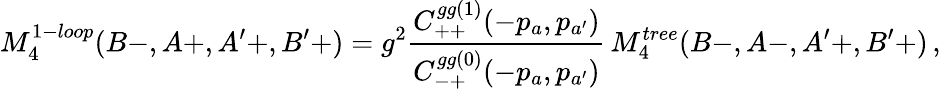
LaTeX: M_{4}^{1-loop}(B-,A+,A^{\prime}+,B^{\prime}+)=g^{2}{\frac{C_{++}^{gg(1)}(-p_{a},p_{a^{\prime}})}{C_{-+}^{gg(0)}(-p_{a},p_{a^{\prime}})}}\, M_{4}^{tree}(B-,A-,A^{\prime}+,B^{\prime}+)\, ,